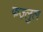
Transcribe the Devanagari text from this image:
फज़्लुल